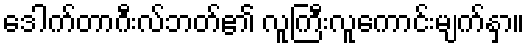
ဒေါက်တာဂီးလ်ဘတ်၏ လူကြီးလူကောင်းမျက်နှာ။